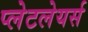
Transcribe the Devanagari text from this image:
प्लेटलेयर्स